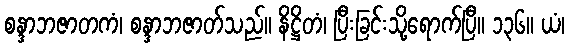
စန္ဒာဘဇာတကံ၊ စန္ဒာဘဇာတ်သည်။ နိဋ္ဌိတံ၊ ပြီးခြင်းသို့ရောက်ပြီ။ ၁၃၆။ ယံ၊